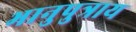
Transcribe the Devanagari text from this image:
भानुपुत्राय